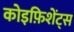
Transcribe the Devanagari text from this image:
कोइफ़िशेंट्स